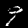
Digit: 9